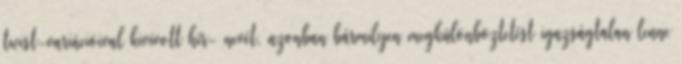
twist-variációival kivívott hír- nevét, azonban bármilyen megkülönböztetést igazságtalan lenne